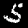
Label: 5